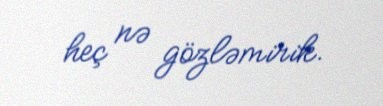
heç nə gözləmirik.